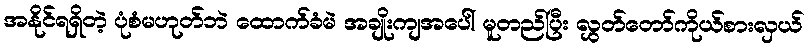
အနိုင်ရရှိတဲ့ ပုံစံမဟုတ်ဘဲ ထောက်ခံမဲ အချိုးကျအပေါ် မူတည်ပြီး လွှတ်တော်ကိုယ်စားလှယ်